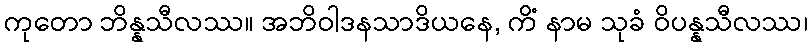
ကုတော ဘိန္နသီလဿ။ အဘိဝါဒနသာဒိယနေ, ကိံ နာမ သုခံ ဝိပန္နသီလဿ၊